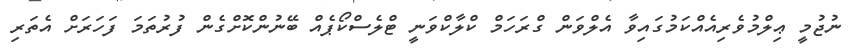
ނުޖުމީ ޢިލްމުވެރިއެއްކަމުގައިވާ އެލްވަން ގްރަހަމް ކްލާކްވަނީ ޓްލެސްކޯޕެއް ބޭނުންކޮށްގެން ފުރުތަމަ ފަހަރަށް އެތަރި